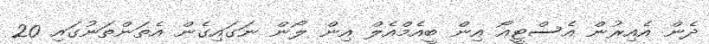
ދެން އެއިރުން އެސްޓީއޯ އިން ބީއެމްއެލް އިން ލޯން ނަގައިގެން އެތަންތަނުގައި 20